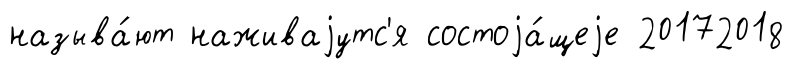
называ́ют наживаjутс'я состоjа́щеjе 20172018